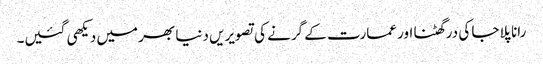
رانا پلاجا کی درگھٹنا اور عمارت کے گرنے کی تصویریں دنیا بھر میں دیکھی گئیں۔